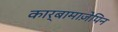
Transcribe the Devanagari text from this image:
कार्बामाज़ेपिन